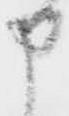
申